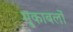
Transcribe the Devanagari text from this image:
मु्काबलों